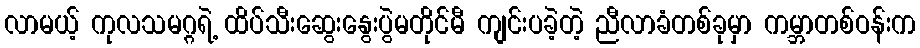
လာမယ့် ကုလသမဂ္ဂရဲ့ ထိပ်သီးဆွေးနွေးပွဲမတိုင်မီ ကျင်းပခဲ့တဲ့ ညီလာခံတစ်ခုမှာ ကမ္ဘာတစ်ဝန်းက